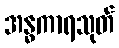
အန္ဓကာရသုတ်